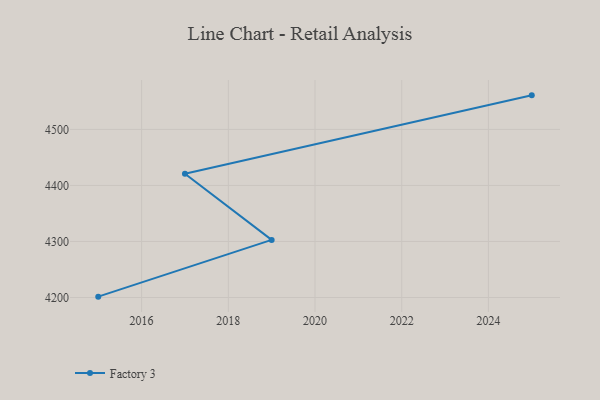
{"axis": {"x": "Year", "y": "Conversion Rate (%)"}, "legend": ["Factory 3"], "data": [{"x": "2015", "y": 4201.5, "type": "Factory 3"}, {"x": "2019", "y": 4302.8, "type": "Factory 3"}, {"x": "2017", "y": 4421.0, "type": "Factory 3"}, {"x": "2025", "y": 4560.8, "type": "Factory 3"}]}